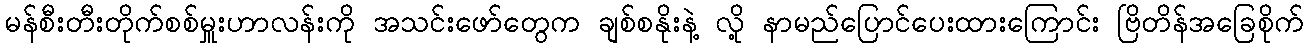
မန်စီးတီးတိုက်စစ်မှူးဟာလန်းကို အသင်းဖော်တွေက ချစ်စနိုးနဲ့ လို့ နာမည်ပြောင်ပေးထားကြောင်း ဗြိတိန်အခြေစိုက်